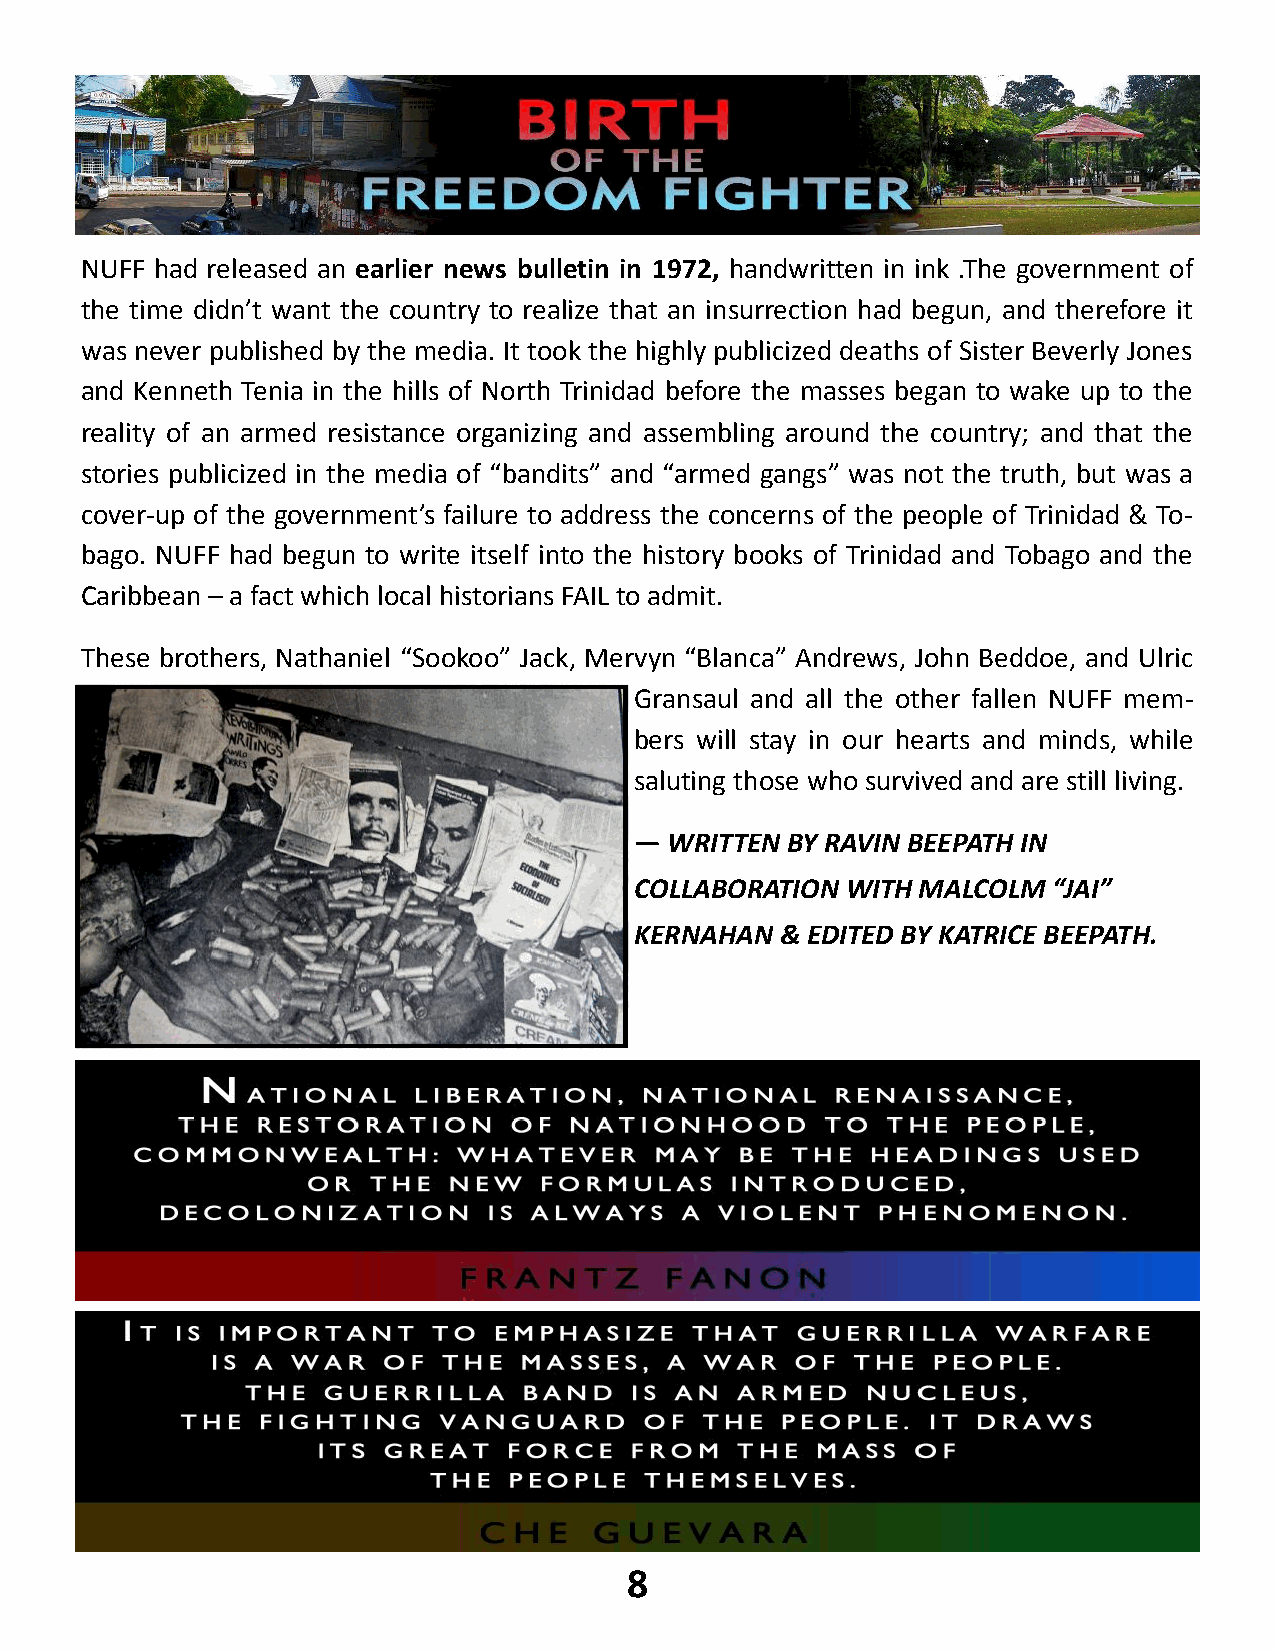
NUFF had released an earlier news bulletin in 1972, handwritten in ink .The government of
 the time didn’t want the country to realize that an insurrection had begun, and therefore it
 was never published by the media. It took the highly publicized deaths of Sister Beverly Jones
 and Kenneth Tenia in the hills of North Trinidad before the masses began to wake up to the
 reality of an armed resistance organizing and assembling around the country; and that the
 stories publicized in the media of “bandits” and “armed gangs” was not the truth, but was a
 cover-up of the government’s failure to address the concerns of the people of Trinidad & To-
 bago. NUFF had begun to write itself into the history books of Trinidad and Tobago and the
 Caribbean – a fact which local historians FAIL to admit.
 These brothers, Nathaniel “Sookoo” Jack, Mervyn “Blanca” Andrews, John Beddoe, and Ulric
 Gransaul and all the other fallen NUFF mem-
 bers will stay in our hearts and minds, while
 saluting those who survived and are still living.
 — WRITTEN BY RAVIN BEEPATH IN
 COLLABORATION WITH MALCOLM  “JAI”
 KERNAHAN  & EDITED BY KATRICE BEEPATH.
 8